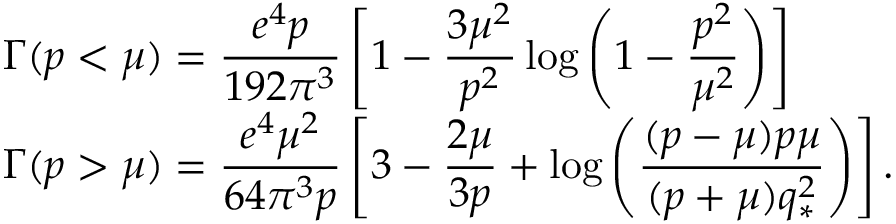
\begin{array} { l } { { \Gamma ( p < \mu ) = \displaystyle \frac { e ^ { 4 } p } { 1 9 2 \pi ^ { 3 } } \left[ 1 - \frac { 3 \mu ^ { 2 } } { p ^ { 2 } } \log \left( 1 - \frac { p ^ { 2 } } { \mu ^ { 2 } } \right) \right] \hfill } } \\ { { \Gamma ( p > \mu ) = \displaystyle \frac { e ^ { 4 } \mu ^ { 2 } } { 6 4 \pi ^ { 3 } p } \left[ 3 - \frac { 2 \mu } { 3 p } + \log \left( \frac { ( p - \mu ) p \mu } { ( p + \mu ) q _ { * } ^ { 2 } } \right) \right] . \hfill } } \end{array}